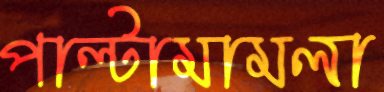
পাল্টামামলা